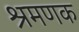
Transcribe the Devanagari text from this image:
श्रमणक